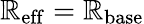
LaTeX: \mathbb{R}_{\mathrm{{eff}}}=\mathbb{R}_{\mathrm{{base}}}